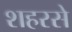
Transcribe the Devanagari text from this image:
शहरसे